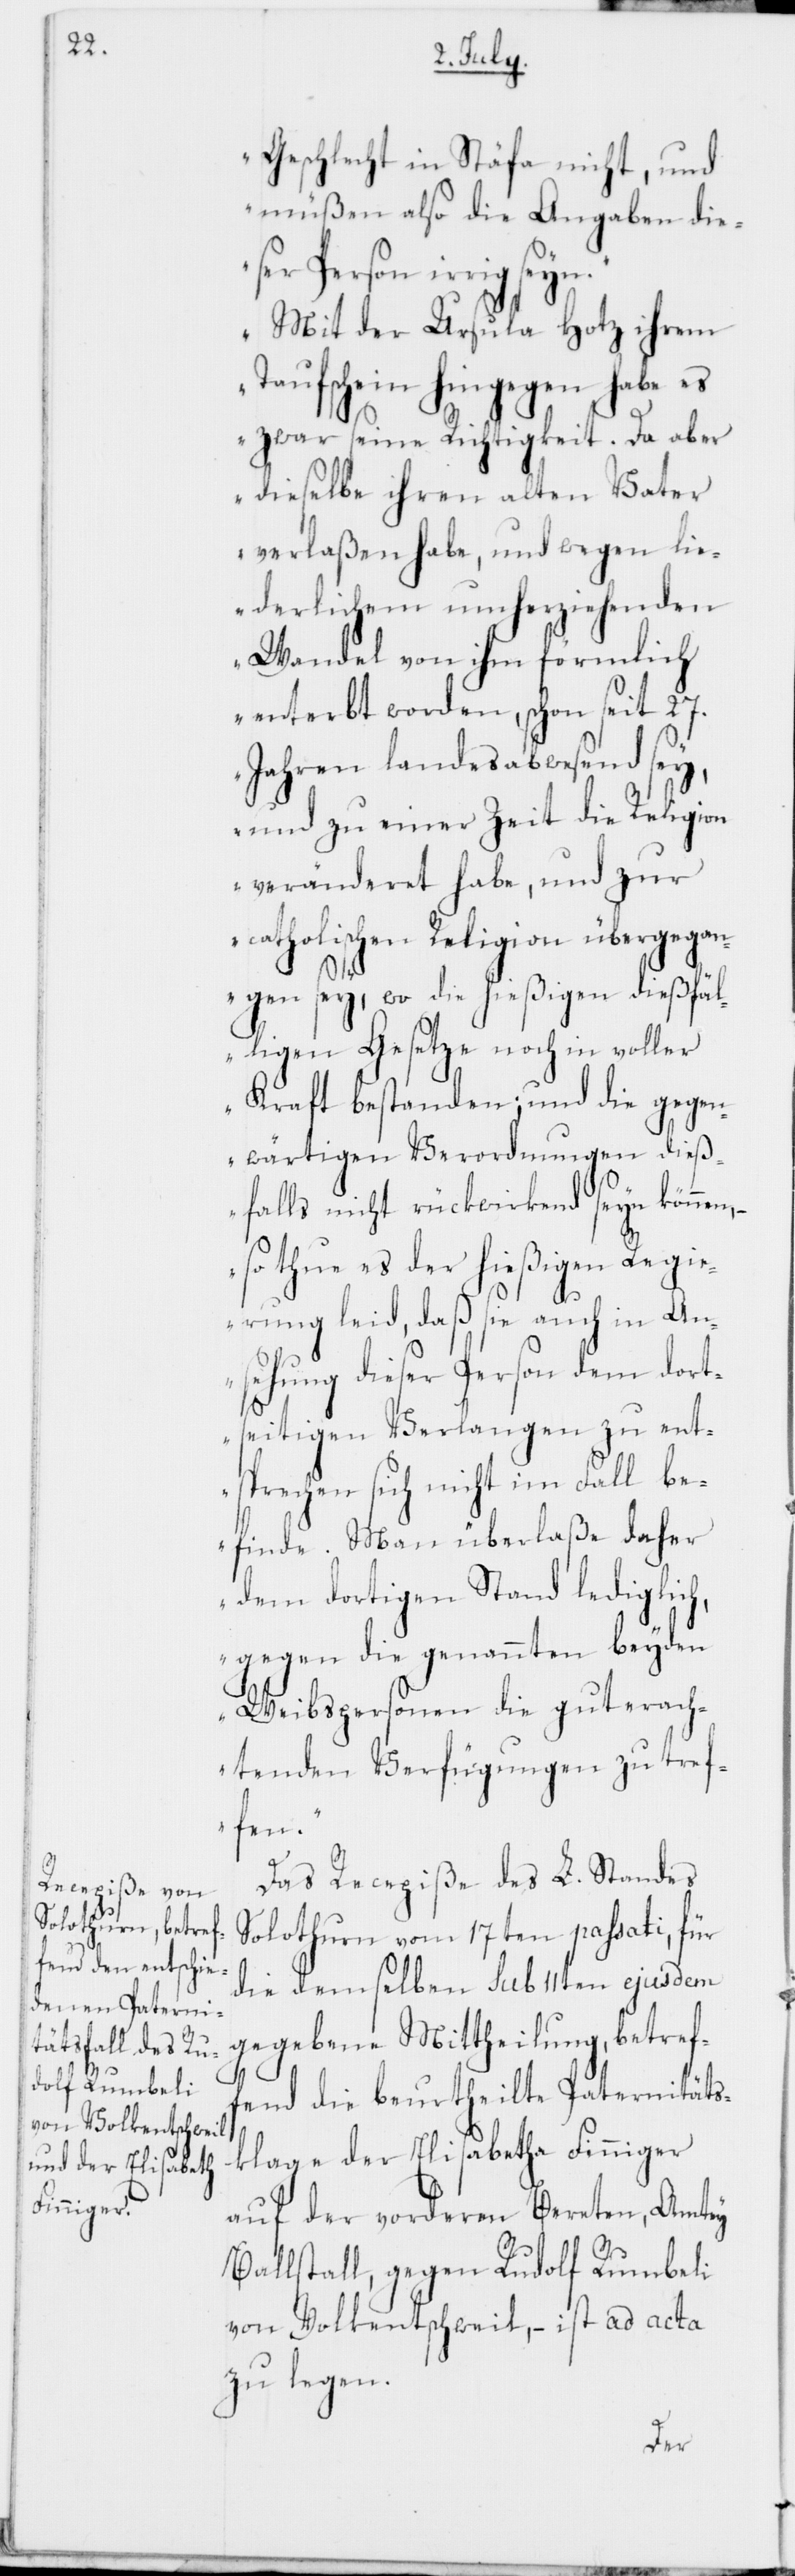
Geschlecht in Stäfa nicht, und
müßen also die Angaben die¬
ser Person irrig
„Mit der Ursula Hotz ihrem
Taufschein hingegen habe es
zwar seine Richtigkeit. Da aber
dieselbe ihren alten Vater
verlaßen habe, und wegen lie¬
derlichem umherziehenden
Wandel von ihm förmlich
enterbt worden, schon seit 27.
Jahren landesabwesend sey,
und zu einer Zeit die Religion
veränderet habe, und zur
catholischen Religion übergegan¬
gen sey, wo die hießigen dießfäl¬
ligen Gesetze noch in voller
Kraft bestanden; und die gegen¬
wärtigen Verordnungen dieß¬
falls nicht rückwirkend seyn können,
so thue es der hießigen Regi¬
erung leid, daß sie auch in An¬
sehung dieser Person dem dort¬
seitigen Verlangen zu ent¬
sprechen sich nicht im Fall be¬
finde. Man überlaße daher
dem dortigen Stand lediglich,
gegen die genannten beyden
Weibspersonen die gut erach¬
tenden Verfügungen zu tref¬
fen.“
Das Recepiße des L. Standes
Solothurn vom 17ten passati, für
die demselben sub 11ten ejusdem
gegebene Mittheilung, betref¬
fend die beurtheilte Paternitäts¬
klage der Elisabetha Finninger
auf der vorderen Bereten, Amtey
Ballstall, gegen Rudolf Rumbeli
von Volkentschweil, – ist ad acta
zu legen.